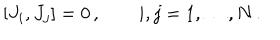
LaTeX: [ J _ { i } , J _ { j } ] = 0 \, , \qquad i , j = 1 , \dots , N \, .